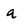
Character: a